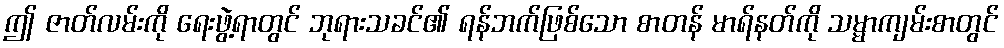
ဤ ဇာတ်လမ်းကို ရေးဖွဲ့ရာတွင် ဘုရားသခင်၏ ရန်ဘက်ဖြစ်သော စာတန် မာရ်နတ်ကို သမ္မာကျမ်းစာတွင်